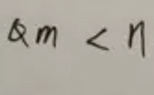
$\&m < n$